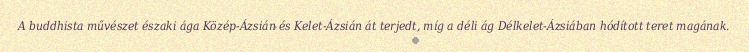
A buddhista művészet északi ága Közép-Ázsián és Kelet-Ázsián át terjedt, míg a déli ág Délkelet-Ázsiában hódított teret magának.